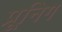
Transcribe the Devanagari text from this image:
प्रूनिग